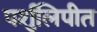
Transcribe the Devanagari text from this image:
पर्शुलिपीत